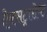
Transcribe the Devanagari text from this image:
ऐक्सट्रासेप्ट